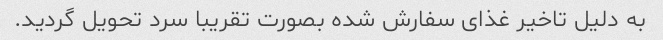
به دلیل تاخیر غذای سفارش شده بصورت تقریبا سرد تحویل گردید.